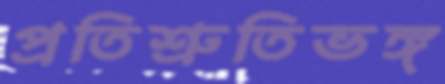
প্রতিশ্রুতিভঙ্গ